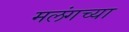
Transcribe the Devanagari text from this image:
मलंगच्या